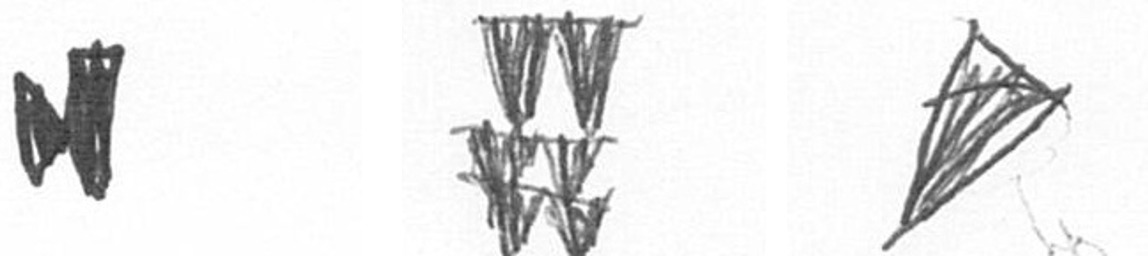
M Y O